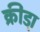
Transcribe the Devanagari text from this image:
क्रीडा़